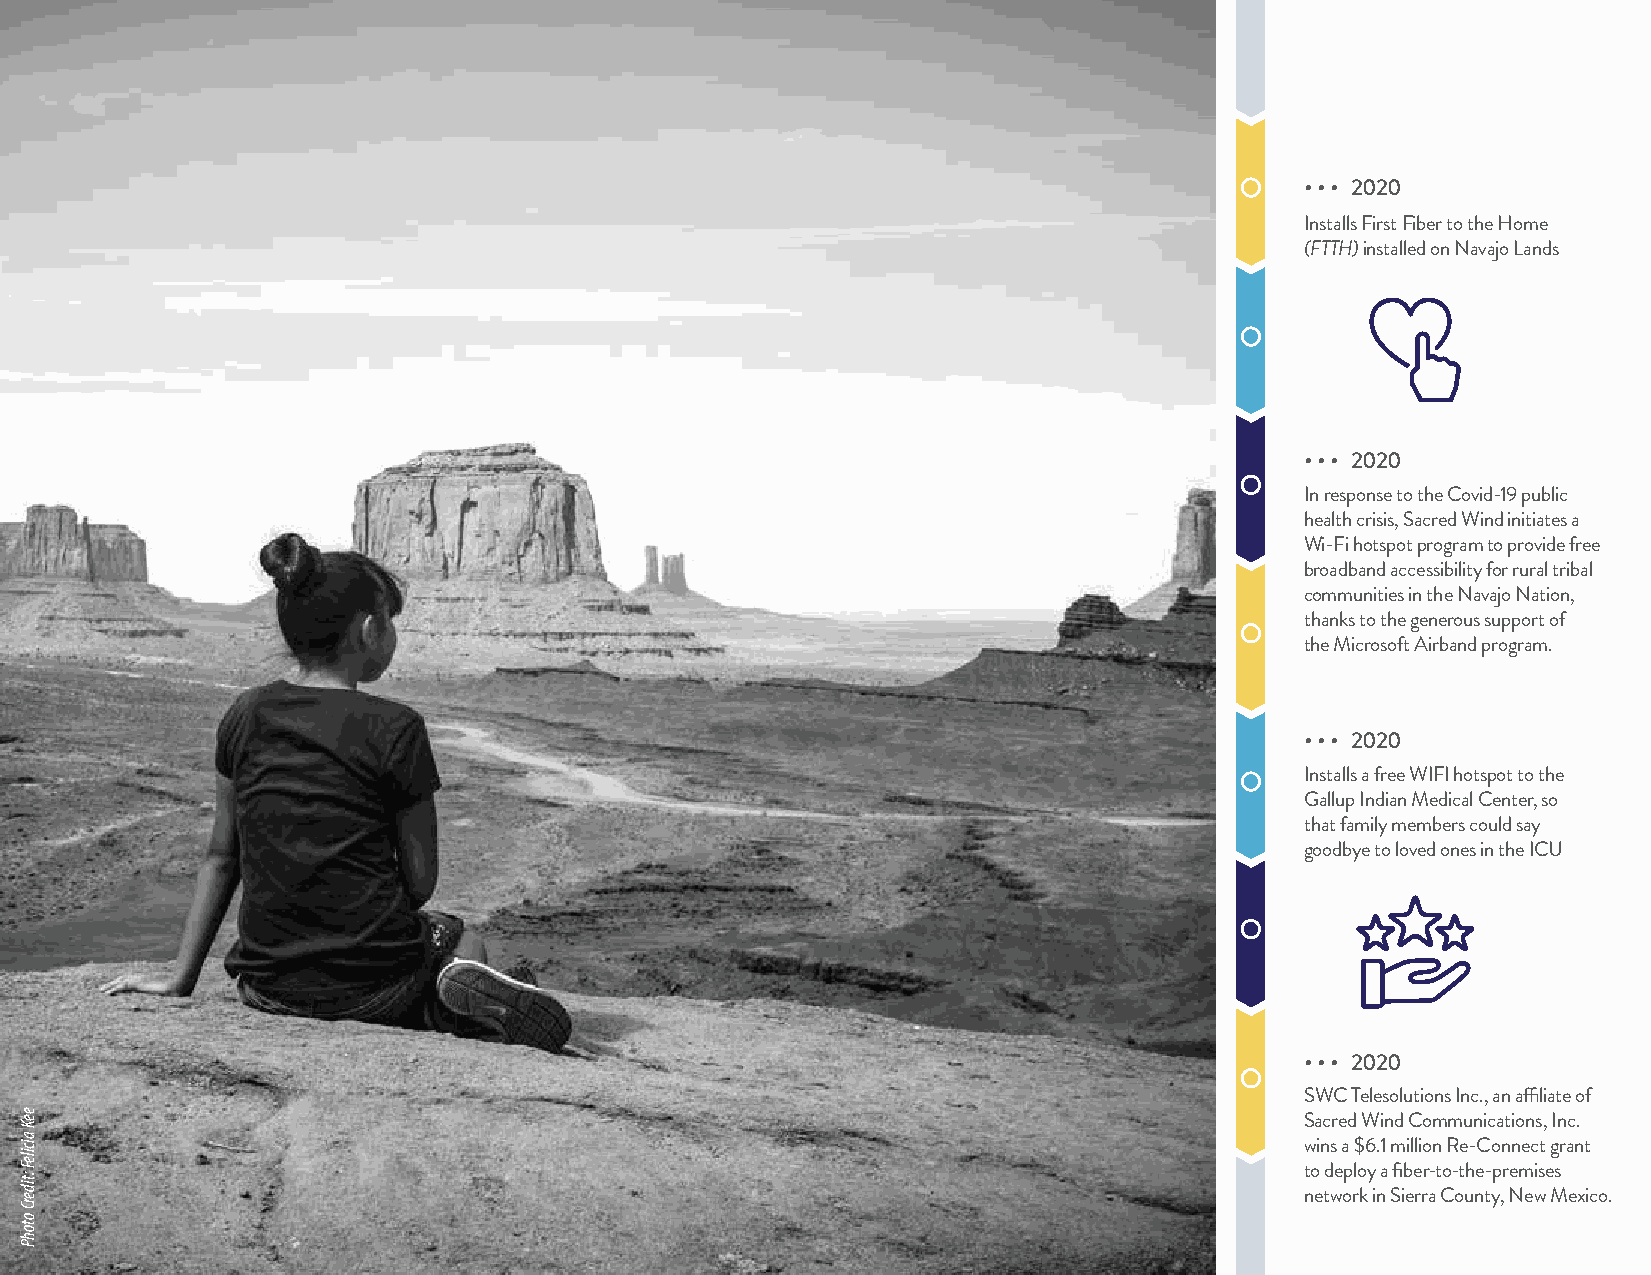
• • • 2020
 Installs First Fiber to the Home
 (FTTH) installed on Navajo Lands
 • • • 2020
 In response to the Covid-19 public
 health crisis, Sacred Wind initiates a
 Wi-Fi hotspot program to provide free
 broadband accessibility for rural tribal
 communities in the Navajo Nation,
 thanks to the generous support of
 the Microsoft Airband program.
 SacredWindCommunications.com
 • • • 2020
 Installs a free WIFI hotspot to the
 Gallup Indian Medical Center, so
 that family members could say
 goodbye to loved ones in the ICU
 • • • 2020
 SWC Telesolutions Inc., an affiliate of
 Sacred Wind Communications, Inc.
 wins a $6.1 million Re-Connect grant
 to deploy a fiber-to-the-premises
 network in Sierra County, New Mexico.
 eeK
 aicileF
 :tiderC
 otohP